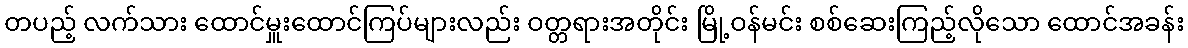
တပည့် လက်သား ထောင်မှူးထောင်ကြပ်များလည်း ဝတ္တရားအတိုင်း မြို့ဝန်မင်း စစ်ဆေးကြည့်လိုသော ထောင်အခန်း